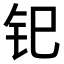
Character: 𫟳